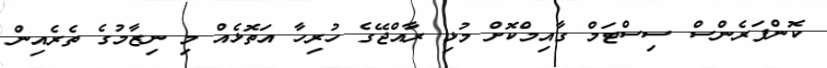
ކޮންފަރެންސް ސިސްޓަމް ގާއިމްކޮށް މުޅި ރާއްޖޭގެ ހުރިހާ އަތޮޅެއް މި ނިޒާމުގެ ތެރެއިން